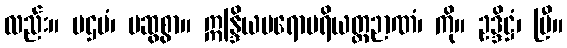
လည်း။ ပဌမံ၊ မဆွစွာ။ ဣန္ဒြိယပရောပရိယတ္တဉာဏံ၊ ကို။ ဥဒ္ဒိဋ္ဌံ၊ ပြီ။